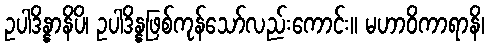
ဥပါဒိန္နာနိပိ၊ ဥပါဒိန္နဖြစ်ကုန်သော်လည်းကောင်း။ မဟာဝိကာရာနိ၊